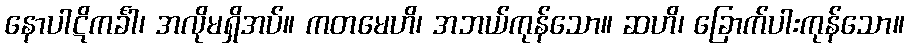
နောပါဋိကင်္ခါ၊ အလိုမရှိအပ်။ ကတမေဟိ၊ အဘယ်ကုန်သော။ ဆဟိ၊ ခြောက်ပါးကုန်သော။